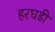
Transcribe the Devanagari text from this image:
हरघडी